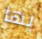
بها